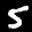
Label: 5